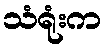
သံရုံးက